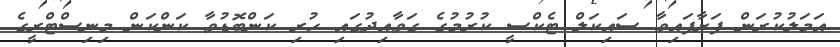
އަމަލުކުރަން ފަށާފައިވާ ސައިކަލް ޓެކްސީ ކުރުމުގެ ގަވާއިދުގައި ހުރި ކަންބޮޑުވާ ކަންކަން މިނިސްޓްރީގެ